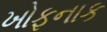
ખોફનાક